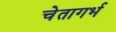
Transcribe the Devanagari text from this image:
चेतागर्भ